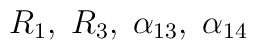
R_1,\;R_3,\;\alpha_{13},\;\alpha_{14}